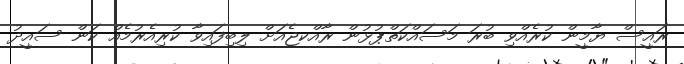
ރައީސް ޔާމީން ކުރެއްވި ބުރަ މަސައްކަތްޕުޅުން ރާއްކޖެއަށް ލިބިފައިވާ ކުރިއެރުމެއް ކަން ސައީދު